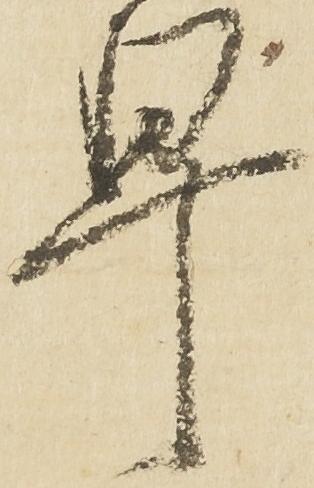
早